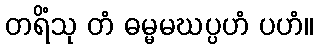
တရိံသု တံ ဓမ္မမဃပ္ပဟံ ပဟံ။